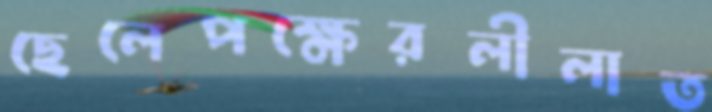
ছেলেপক্ষেরলীলাত